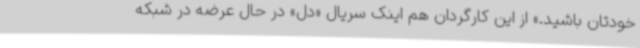
خودتان باشید.» از این کارگردان هم اینک سریال «دل» در حال عرضه در شبکه